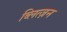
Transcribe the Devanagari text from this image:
ब्लित्ज़न